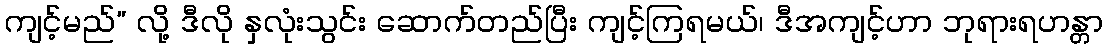
ကျင့်မည်” လို့ ဒီလို နှလုံးသွင်း ဆောက်တည်ပြီး ကျင့်ကြရမယ်၊ ဒီအကျင့်ဟာ ဘုရားရဟန္တာ